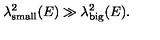
\lambda _ { \mathrm { \scriptsize { s m a l l } } } ^ { 2 } ( E ) \gg \lambda _ { \mathrm { \scriptsize { b i g } } } ^ { 2 } ( E ) .